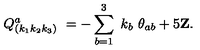
\ Q _ { \left( k _ { 1 } k _ { 2 } k _ { 3 } \right) } ^ { a } \ = - \sum _ { b = 1 } ^ { 3 } \ k _ { b } \ \theta _ { a b } + 5 { \bf Z } .